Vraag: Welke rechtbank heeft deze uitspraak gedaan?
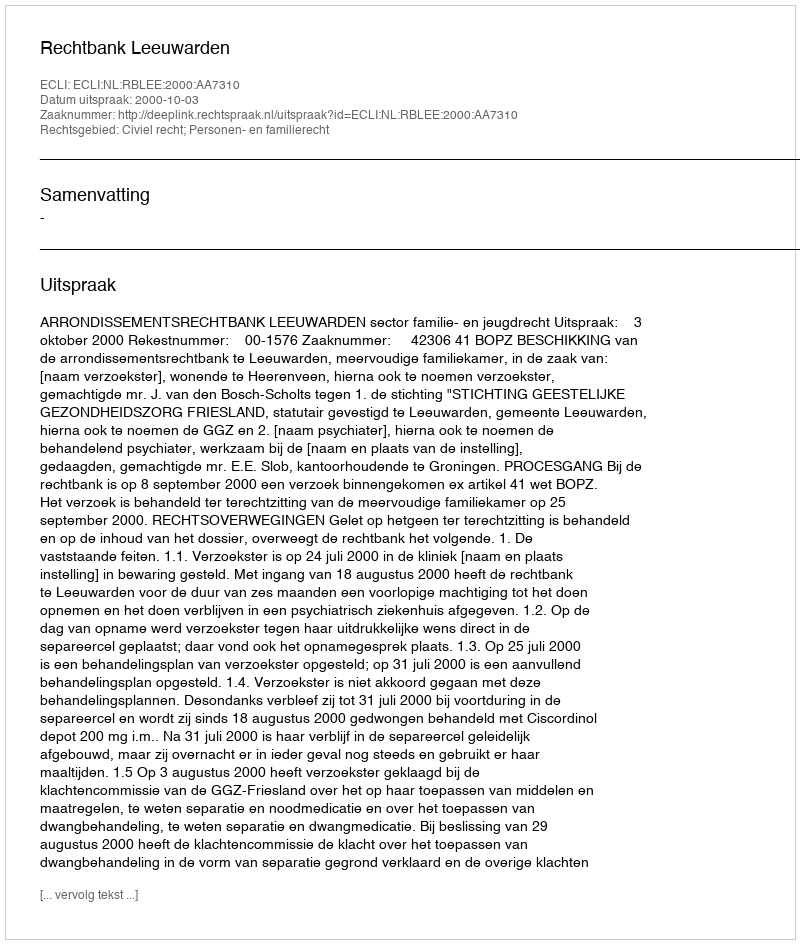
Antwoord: Rechtbank Leeuwarden